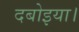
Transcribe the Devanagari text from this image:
दबोइया।